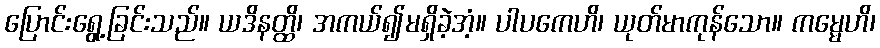
ပြောင်းရွေ့ခြင်းသည်။ ယဒိနတ္ထိ၊ အကယ်၍မရှိခဲ့အံ့။ ပါပကေဟိ၊ ယုတ်မာကုန်သော။ ကမ္မေဟိ၊